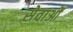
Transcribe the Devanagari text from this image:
सेवाओंं